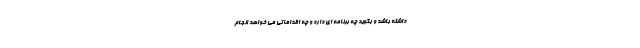
داشته باشد و بگوید چه برنامه ای دارد و چه اقداماتی می خواهد انجام